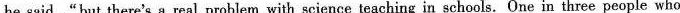
he said,"but there's a real problem with science teaching in schools. One in three people who